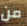
من